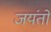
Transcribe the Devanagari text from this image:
जयंतो